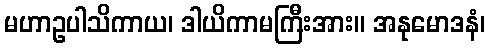
မဟာဥပါသိကာယ၊ ဒါယိကာမကြီးအား။ အနုမောဒနံ၊